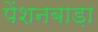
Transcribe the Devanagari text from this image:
पेंशनबाड़ा